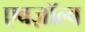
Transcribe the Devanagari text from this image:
एबज़ॉल्व